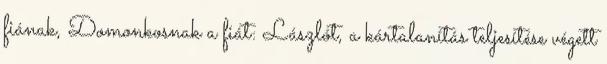
fiának, Domonkosnak a fiát: Lászlót, a kártalanítás teljesítése végett